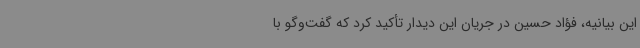
این بیانیه، فؤاد حسین در جریان این دیدار تأکید کرد که گفت‌وگو با